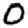
Digit: 0